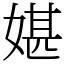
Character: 媅